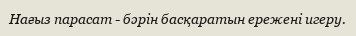
Нағыз парасат - бәрін басқаратын ережені игеру.